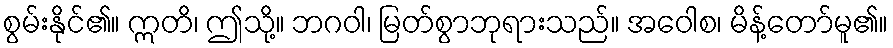
စွမ်းနိုင်၏။ ဣတိ၊ ဤသို့။ ဘဂဝါ၊ မြတ်စွာဘုရားသည်။ အဝေါစ၊ မိန့်တော်မူ၏။